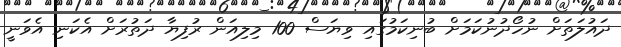
ދައުލަތަށް ނުހޯދުނުކަމަށް ބުނިކަމުގައި ވިޔަސް 100 މިލިއަން ރުފިޔާ ދަތުރަށް އެކަނި އެވަނީ